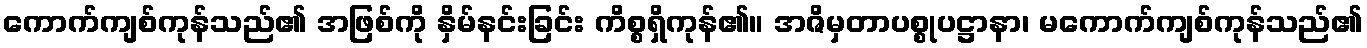
ကောက်ကျစ်ကုန်သည်၏ အဖြစ်ကို နှိမ်နင်းခြင်း ကိစ္စရှိကုန်၏။ အဇိမှတာပစ္စုပဋ္ဌာနာ၊ မကောက်ကျစ်ကုန်သည်၏